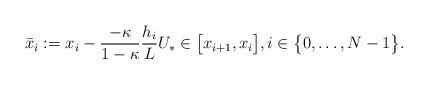
LaTeX: \begin{align*} \bar{x}_i := x_i - \frac{-\kappa}{1-\kappa} \frac{h_i}{L} U_* \in \big[x_{i+1},x_{i}\big], i \in \big\{0,\dots,N-1\big\}.\end{align*}